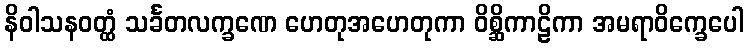
နိဝါသနဝတ္ထံ သင်္ခတလက္ခဏေ ဟေတုအဟေတုကာ ဝိစ္ဆိကာဠိကာ အမရာဝိက္ခေပေါ